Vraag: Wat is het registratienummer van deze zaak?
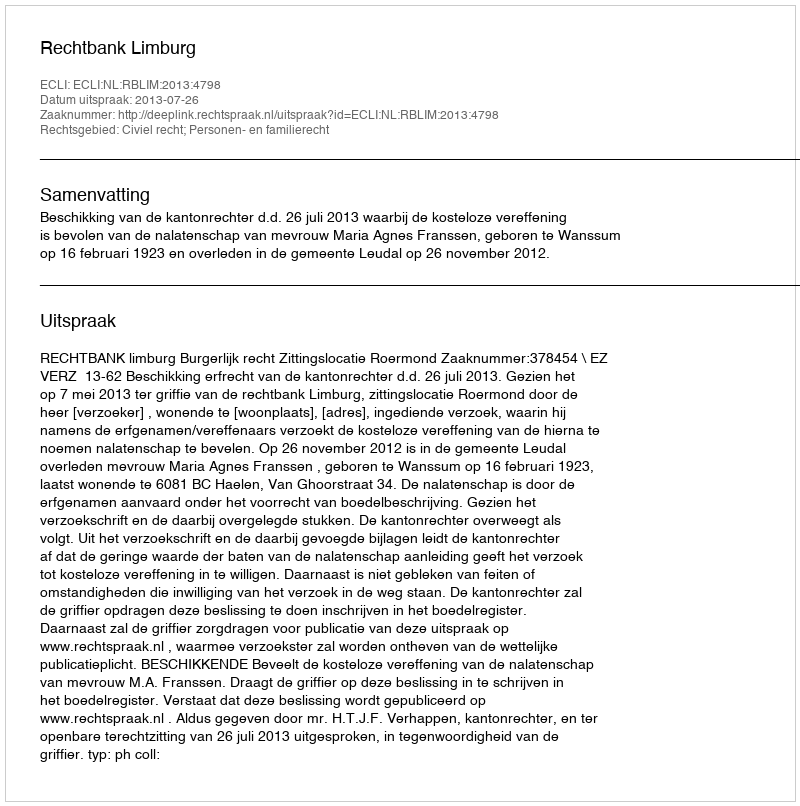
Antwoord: http://deeplink.rechtspraak.nl/uitspraak?id=ECLI:NL:RBLIM:2013:4798